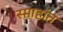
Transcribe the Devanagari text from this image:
स्प्ताहांत